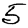
Digit: 5